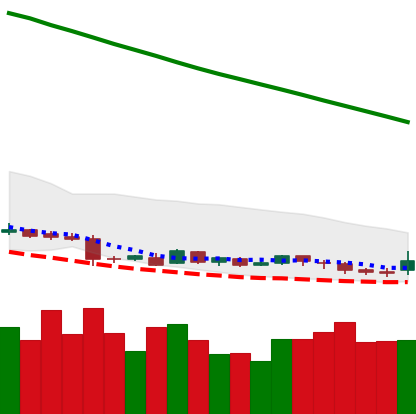
Ticker: DOGE-USD
Chart end date: 2019-01-25
Forward return: -7.413%
Label: down_7plus